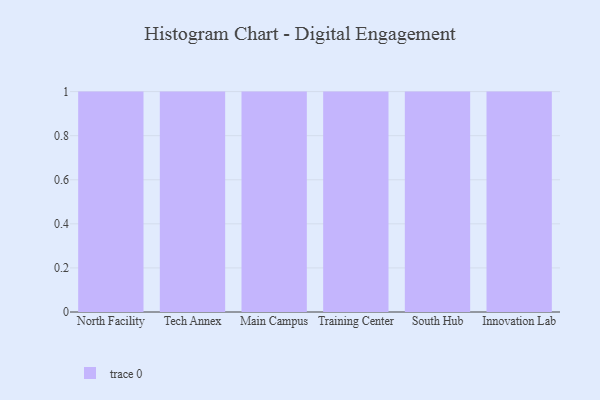
{"axis": {"x": "Campus", "y": "Tickets Resolved"}, "legend": [""], "data": [{"x": "North Facility", "y": 95, "type": ""}, {"x": "Tech Annex", "y": 45, "type": ""}, {"x": "Main Campus", "y": 41, "type": ""}, {"x": "Training Center", "y": 54, "type": ""}, {"x": "South Hub", "y": 87, "type": ""}, {"x": "Innovation Lab", "y": 53, "type": ""}]}